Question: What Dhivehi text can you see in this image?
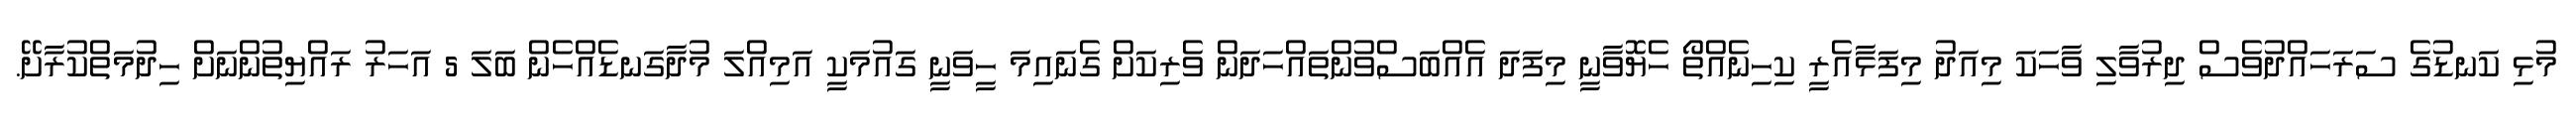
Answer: މުޅި ކަނޑުގެ ސަރަހައްދުވެސް ދިރުވާލި ވާހަކަ މިއަދު މިފަޅާއެރީ ކިހިނެއްތޯ ހެޔޮވާނީ މިފަދަ އެއްބަސްވުންތައްހަދަން ވެރިކަށް ގެނައިމަ ހީވަނީ ގައުމަކީ އަމިއްލަ މުދާގަނޑެއްހެން ބަލަ 5 އަހަރު ރައްޔިތުންނަށް ހިދުމަތްކުރާށޭ.